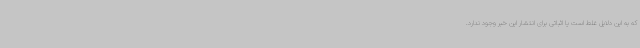
که به این دلایل غلط است یا اثباتی برای انتشار این خبر وجود ندارد.